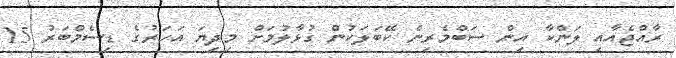
ރާއްޖެއާއި ލަންކާ އިން ސަބްމެރިން ކޭބަލަކުން ގުޅާލުމަށް މިދިޔަ އަހަރުގެ ޑިސެމްބަރު 15